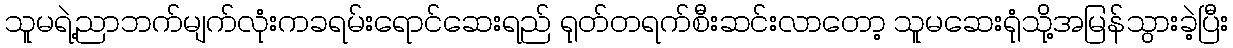
သူမရဲ့ညာဘက်မျက်လုံးကခရမ်းရောင်ဆေးရည် ရုတ်တရက်စီးဆင်းလာတော့ သူမဆေးရုံသို့အမြန်သွားခဲ့ပြီး